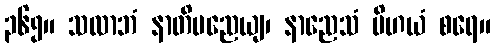
၃၆၅။ သလာဘံ နာတိမညေယျ၊ နာညေသံ ပိဟယံ စရေ။